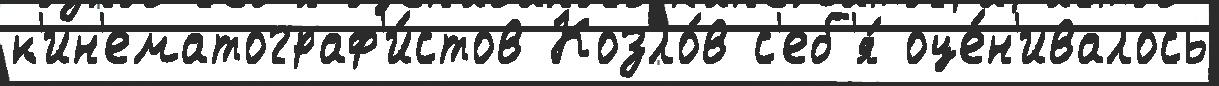
к'ин'ематограф'и́стов Козло́в с'еб'я́ оце́н'ивалось